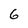
Character: 6